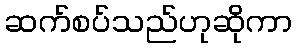
ဆက်စပ်သည်ဟုဆိုကာ